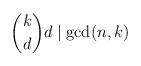
LaTeX: \begin{align*} \binom{k}{d} d \mid \gcd(n,k)\end{align*}